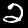
Digit: 2